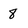
Character: 8